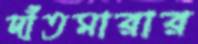
দাঁতমারার